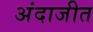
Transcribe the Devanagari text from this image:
अंदाजीत